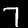
Digit: 7